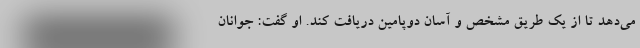
می‌دهد تا از یک طریق مشخص و آسان دوپامین دریافت کند. او گفت: جوانان